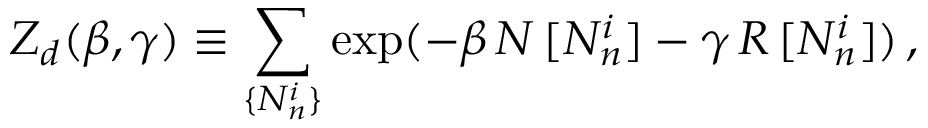
Z _ { d } ( \beta , \gamma ) \equiv \sum _ { \{ N _ { n } ^ { i } \} } \exp ( - \beta \, N \, [ N _ { n } ^ { i } ] - \gamma \, { \cal R } \, [ N _ { n } ^ { i } ] ) \, ,